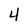
Character: 4